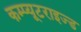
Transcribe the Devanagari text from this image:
कम्प्यूटराइज्ड